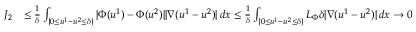
\begin{array} { r l } { J _ { 2 } } & { \leq \frac { 1 } { \delta } \int _ { \{ 0 \leq u ^ { 1 } - u ^ { 2 } \leq \delta \} } | \Phi ( u ^ { 1 } ) - \Phi ( u ^ { 2 } ) | | \nabla ( u ^ { 1 } - u ^ { 2 } ) | \, d x \leq \frac { 1 } { \delta } \int _ { \{ 0 \leq u ^ { 1 } - u ^ { 2 } \leq \delta \} } L _ { \Phi } \delta | \nabla ( u ^ { 1 } - u ^ { 2 } ) | \, d x \to 0 } \end{array}